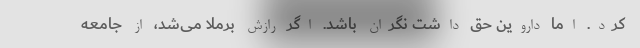
کرد. اما داروین حق داشت نگران باشد. اگر رازش برملا می‌شد، از جامعه